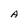
Character: A